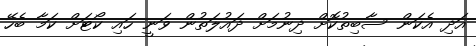
އަދި އެކަން ސާބިތުކޮށް ދިނުމަށް ދައުލަތުން ވަނީ ހައި ކޯޓަށް ކަމާ ބެހޭ